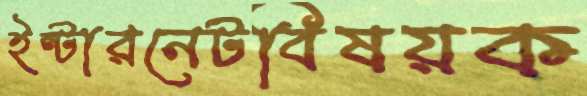
ইন্টারনেটবিষয়ক